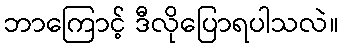
ဘာကြောင့် ဒီလိုပြောရပါသလဲ။